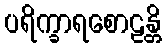
ပရိက္ခာရစောဠန္တိ